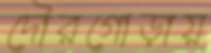
দৌরগোড়ায়